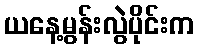
ယနေ့မွန်းလွဲပိုင်းက